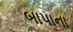
બાપાના